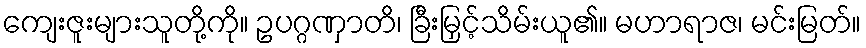
ကျေးဇူးများသူတို့ကို။ ဥပဂ္ဂဏှာတိ၊ ခြီးမြှင့်သိမ်းယူ၏။ မဟာရာဇ၊ မင်းမြတ်။